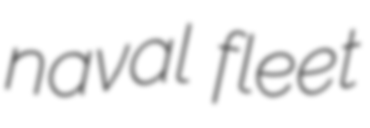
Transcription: naval fleet